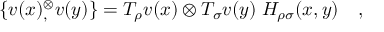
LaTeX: \{ v ( x ) { } _ { , } ^ { \otimes } v ( y ) \} = T _ { \rho } v ( x ) \otimes T _ { \sigma } v ( y ) \; { \cal H } _ { \rho \sigma } ( x , y ) \quad ,